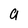
Character: a